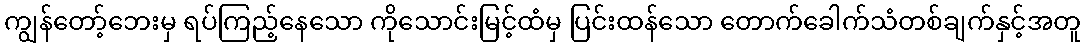
ကျွန်တော့်ဘေးမှ ရပ်ကြည့်နေသော ကိုသောင်းမြင့်ထံမှ ပြင်းထန်သော တောက်ခေါက်သံတစ်ချက်နှင့်အတူ